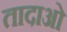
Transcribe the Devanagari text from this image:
तादाओ